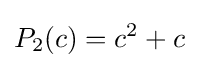
P_{2}(c)=c^{2}+c